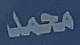
محمد